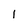
Character: l